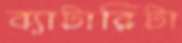
ব্যাটারিটা